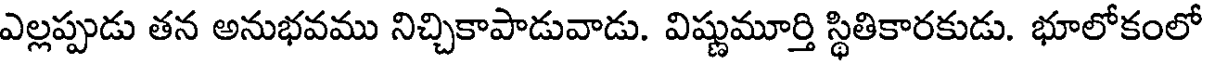
ఎల్లప్పుడు తన అనుభవము నిచ్చికాపాడువాడు. విష్ణుమూర్తి స్థితికారకుడు. భూలోకంలో